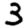
Digit: 3